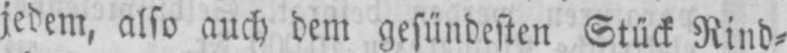
jedem, also auch dem gesündesten Stück Rind⸗